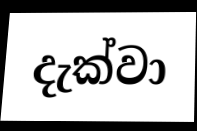
දැක්වා